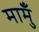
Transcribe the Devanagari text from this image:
मामुँ